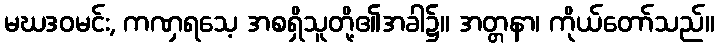
မဃဒဝမင်း, ကဏှရသေ့ အစရှိသူတို့၏အခါ၌။ အတ္တနာ၊ ကိုယ်တော်သည်။